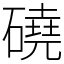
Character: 磽